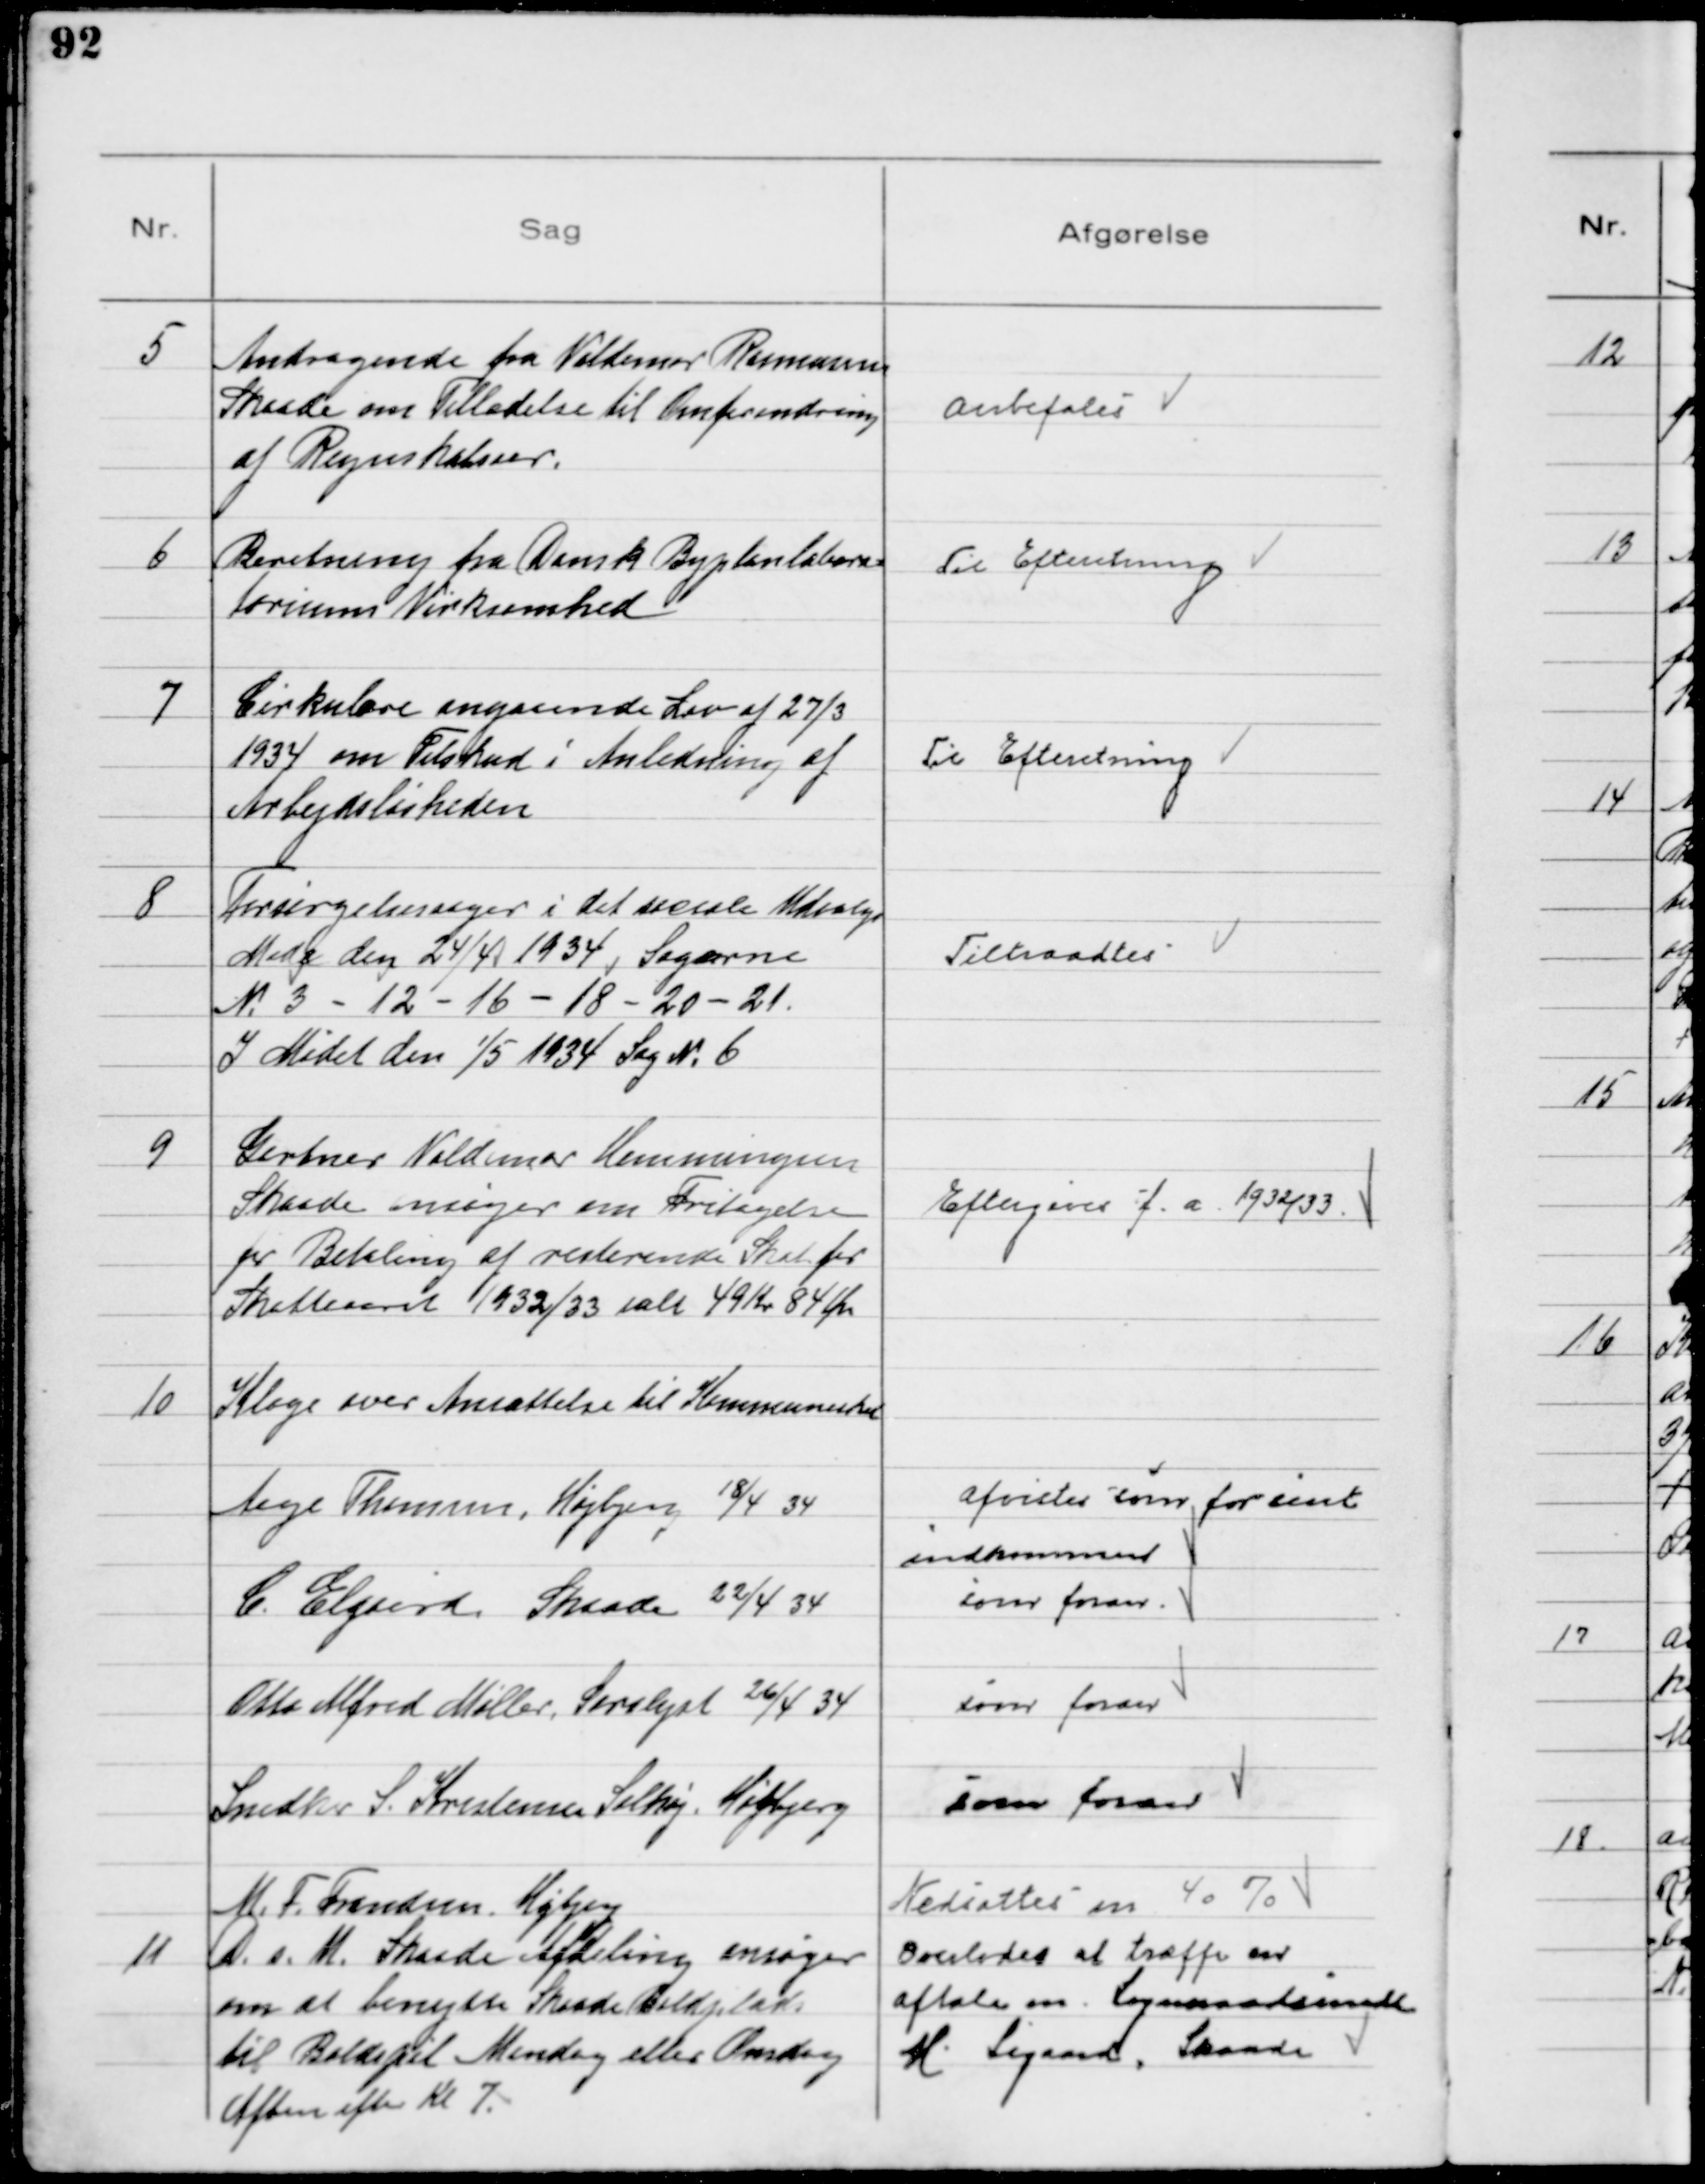
Transskription:
5
Andragende fra Valdemar Rasmussen
Skaade om Tilladelse til Omforandring
af Regnskabsaar.

Anbefales

6
Beretning fra Dansk Byplanlabora-
toriums Virksomhed

Til Efteretning

7
Cirkulære angaaende Lov af 27/3
1934 om Tilskud i Anledning af
Arbejdsløsheden

Til Efteretning

8
Forsørgelsessager i det sociale Udvalg
Møde den 24/4 1934 Sagerne
№ 3 - 12 - 16 - 18 - 20 - 21.
I Mødet den 1/5 1934 Sag № 6

Tiltraadtes

9
Gartner Valdemar Hemmingsen
Skaade ansøger om Fritagelse
for Betaling af resterende Skat for
Skatteaaret 1932/33 ialt 49 Kr 84 Øre

Eftergives f. a. 1932/33

10
Klage over Ansættelse til Kommuneskat

Aage Thomsen, Højbjerg, 18/4 34

Afvistes som for sent
indkommen

C. Elgaard Skaade 22/4 34

som foran

Otto Alfred Møller, Saralyst 26/4 34

som foran

Snedker S. Kristensen Solhøj, Højbjerg

som foran

M. F. Frandsen Højbjerg

Nedsattes m 40 %

11
D. s. U. Skaade Afdeling ansøger
om at benytte Skaade Boldplads
til Boldspil Mandag eller Onsdag
Aften efter Kl 7

Overlodes at træffe en
aftale m. Sogneraadsmedl
M Sigaard, Skaade